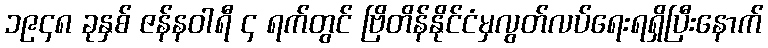
၁၉၄၈ ခုနှစ် ဇန်နဝါရီ ၄ ရက်တွင် ဗြိတိန်နိုင်ငံမှလွတ်လပ်ရေးရရှိပြီးနောက်